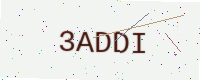
Text: 3ADDI